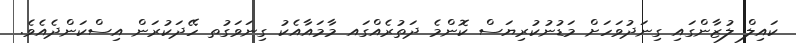
ކައިލް ލުޒާންގައި ގިނަދުވަހަށް މަޑުނުކުރިޔަސް ކޮންމެ ދަތުރެއްގައ މާމައާއެކު ގިނަވަގުތ ހޭދަކުރަން އިސްކަންދެއެވެ.